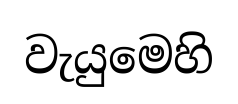
වැයුමෙහි